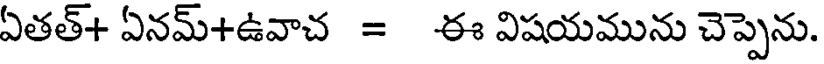
ఏతత్+ ఏనమ్+ఉవాచ = ఈ విషయమును చెప్పెను.